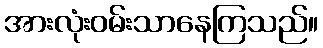
အားလုံးဝမ်းသာနေကြသည်။